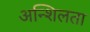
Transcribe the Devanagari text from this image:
अन्शिलता